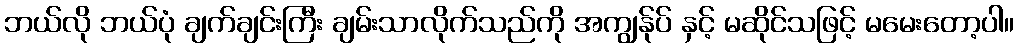
ဘယ်လို ဘယ်ပုံ ချက်ချင်းကြီး ချမ်းသာလိုက်သည်ကို အကျွန်ုပ် နှင့် မဆိုင်သဖြင့် မမေးတော့ပါ။